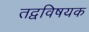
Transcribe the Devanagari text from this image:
तद्वविषयक